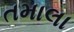
તમાલા